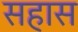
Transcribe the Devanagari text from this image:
सहास